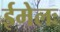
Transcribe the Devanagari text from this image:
ईमेलः